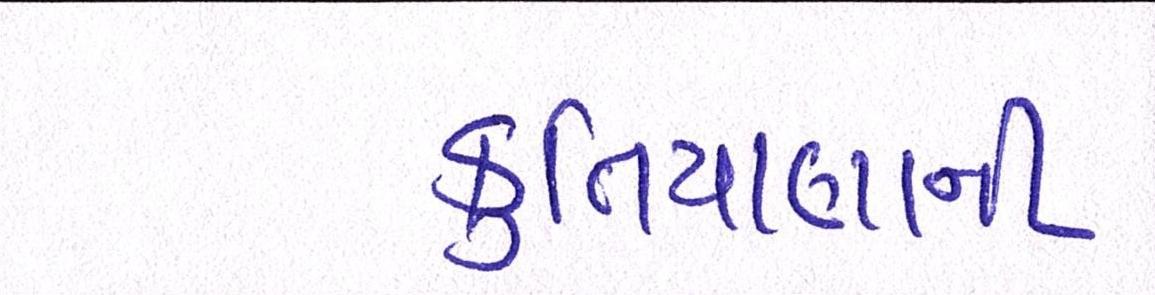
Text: કુતિયાણાની